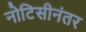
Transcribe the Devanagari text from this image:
नोटिसीनंतर